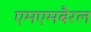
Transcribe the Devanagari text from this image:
एमएमबैरल